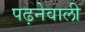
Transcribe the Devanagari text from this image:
पढ़नेवाली